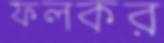
ফলকর